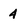
Character: 4